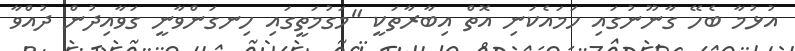
އުޅުމާ ބެހޭ ގާނޫނުގައި ހަމައެކަނި އޮތް އިބާރާތަކީ "މަގުމަތީގައި ހިނގަންވާނީ ގަވާއިދުން ދުއްވާ